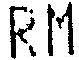
RM